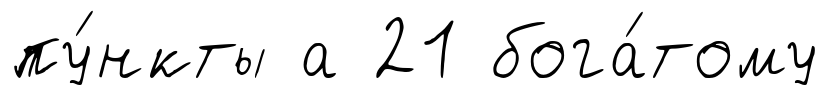
пу́нкты а 21 бога́тому